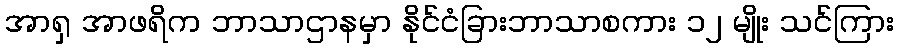
အာရှ အာဖရိက ဘာသာဌာနမှာ နိုင်ငံခြားဘာသာစကား ၁၂ မျိုး သင်ကြား